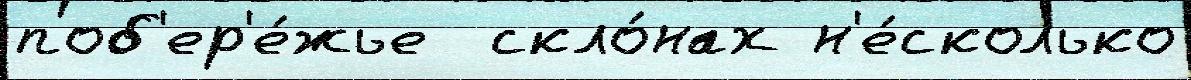
поб'ер'е́жье  скло́нах н'е́сколько